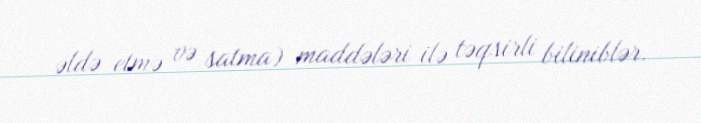
əldə etmə və satma) maddələri ilə təqsirli biliniblər.